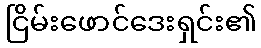
ငြိမ်းဖောင်ဒေးရှင်း၏